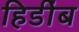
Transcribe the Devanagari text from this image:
हिडींब